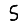
Digit: 5